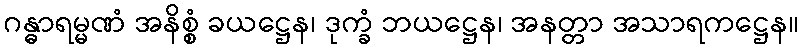
ဂန္ဓာရမ္မဏံ အနိစ္စံ ခယဋ္ဌေန၊ ဒုက္ခံ ဘယဋ္ဌေန၊ အနတ္တာ အသာရကဋ္ဌေန။